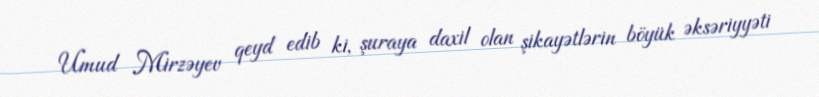
Umud Mirzəyev qeyd edib ki, şuraya daxil olan şikayətlərin böyük əksəriyyəti